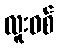
လူးဝစ်